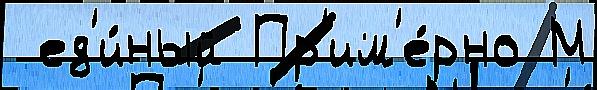
 ед'и́ный Пр'им'е́рно М